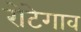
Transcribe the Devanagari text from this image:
रोटेगाव